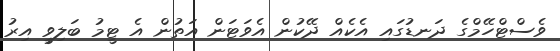
ވެސްޓްހޭމްގެ ދަނޑުގައި އެކެއް ދޭކުން އެވަޓަން އަތުން އެ ޓީމު ބަލިވީ އިރު